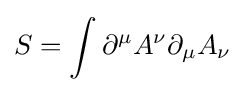
S=\int \partial ^{\mu }A^{\nu }\partial _{\mu }A_{\nu }